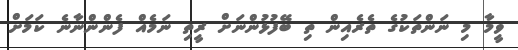
ވީމާ މި ނަންތަކުގެ ތެރެއިން ތި ބޭފުޅުންނަށް ރީތި ނަމެއް ފެންންނާނެ ކަމަށް